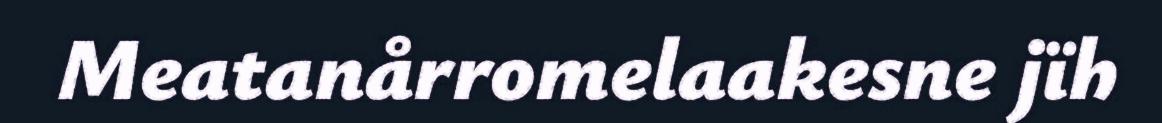
Meatanårromelaakesne jïh